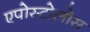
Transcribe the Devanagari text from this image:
एपोस्टोलोस